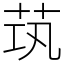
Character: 茿